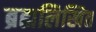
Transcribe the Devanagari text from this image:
ब्रह्मलिखित